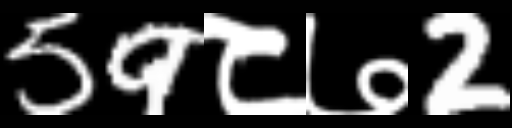
Text: 59८७2